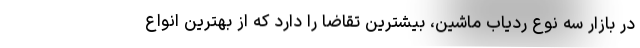
در بازار سه نوع ردیاب ماشین، بیشترین تقاضا را دارد که از بهترین انواع